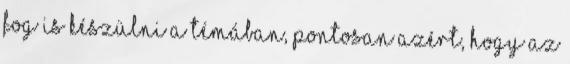
fog is készülni a témában, pontosan azért, hogy az